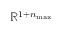
\mathbb { R } ^ { 1 + n _ { \operatorname* { m a x } } }